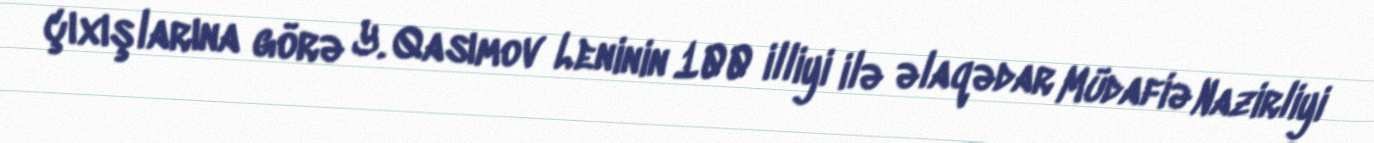
çıxışlarına görə Y. Qasımov Leninin 100 illiyi ilə əlaqədar Müdafiə Nazirliyi